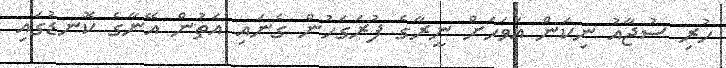
ހުރި ސުޖާއު ނިކަން އަވަހަށް ނީރާގެ ފުރަގަހުން ގެނައި އަތުން އޭނާގެ ކޮނޑުގައި